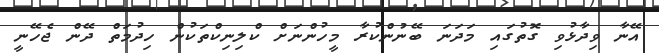
އޭނާ ވިދާޅުވި ގޮތުގައި މަދަނަ ބޭނުންކުރާ މީހުންނަށް ކްލިނިކްތަކުން ހިދުމަތް ދޭން ޖެހޭނީ